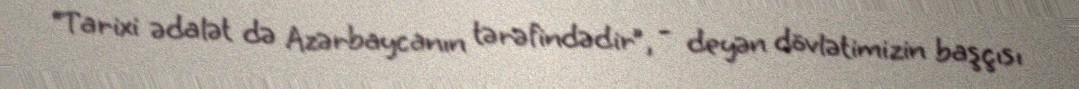
“Tarixi ədalət də Azərbaycanın tərəfindədir”, - deyən dövlətimizin başçısı